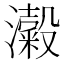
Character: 𭳜